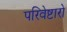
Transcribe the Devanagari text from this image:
परिवेष्टारो